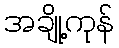
အချို့ကုန်